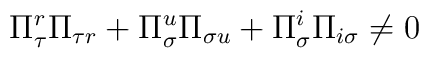
\Pi ^{r}_{\tau }\Pi _{\tau r}+\Pi ^{u}_{\sigma }\Pi _{\sigma u}+\Pi ^{i}_{\sigma }\Pi _{i\sigma }\neq 0